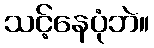
သင့်နေပုံဘဲ။